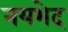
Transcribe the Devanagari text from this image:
नयभेद